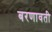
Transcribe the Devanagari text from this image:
बरणावती